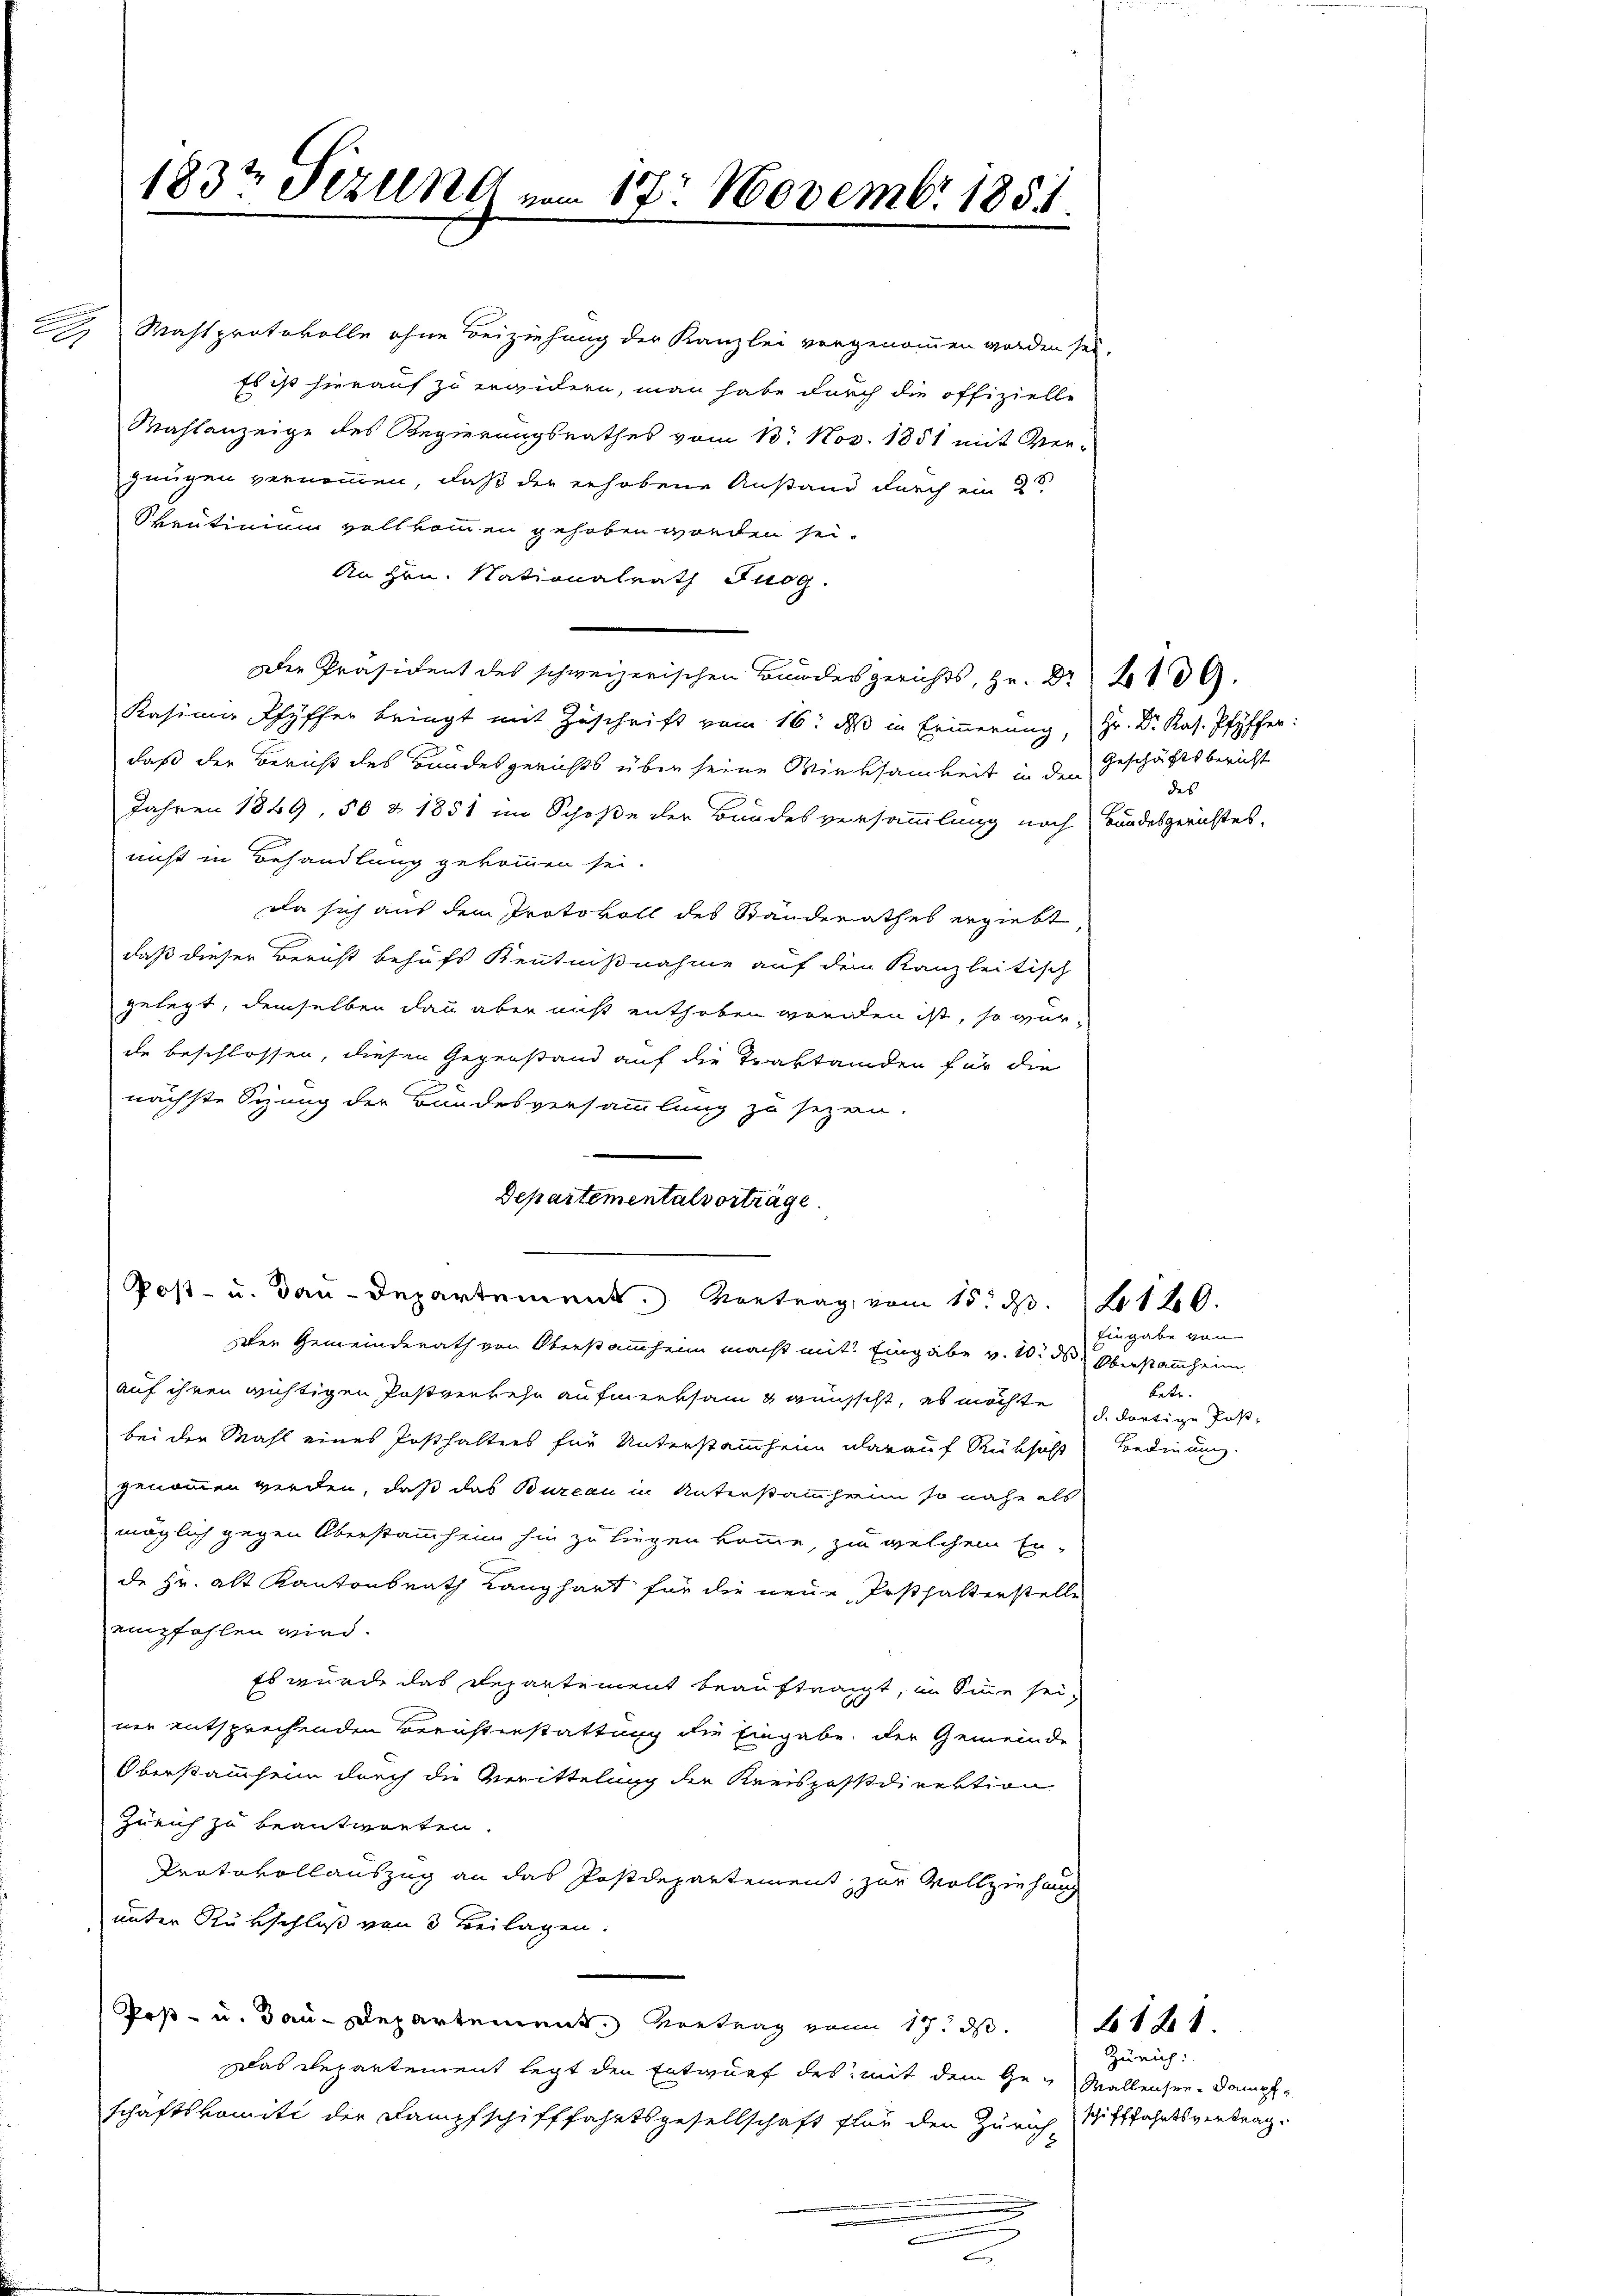
a

183t Fezung vom 17. Novembr. 1851.

Departementalvorträge.
Post- u. dan-Departement. Vortrag vom 15. d. 160.

.

Wahlprotokolle ohne Beiziehung der Kanzlei vorgenommen worden sei,
Es ist hierauf zu erwidern, man habe durch die offizielle
Mahlanzeige des Regierungsrathes vom 1. Nov. 1851 mit Ver-
zeügen vernommen, daß der erhobene Anstand durch ein 2
Skrutinium vollkommen gehoben worden sei.
An Hrn. Nationalrath Juog.
Die Präsident des schweizerischen Bundesgerichts, Hr. Dr 1130.
Kasina Pfyffer bringt mit Zuschrift vom 16. ds in Erinnerung, Hr. Dr. Kas. Pfyffer:
daß der Bericht des Bandesgerichts über seine Wirksamkeit in den Geschäftsbericht
Jahren 1849, 50 & 1851 im Schoße der Bundesversammlung noch Bundesgerichtes.
nicht in Behandlung gekommen sei.
Da sich aus dem Protokoll des Standerathes ergiebt,
daß dieser Bericht behufs Kenntnißnahme auf dem Kanzleitisch
gelegt, demselben dann aber muß enthoben worden ist, so wurde beschlossen, diesen Gegenstand auf die Traktanden für die
nächste Sizung der Bundesversammlung zu sezen.
Der Gemeinderath von Oberstammheim macht mit Eingabe v. 10. ds. Oberstammheim
auf ihren wichtigen Postverkehr aufmerksam & wünscht, es möchte d. dortige Faste
bei der Mahl eines Josthalters für Unterstammheim darauf Rüksicht Bedingung.
genommen werden, daß das Bureau in Unterstammheim so nahe als
möglich gegen Überstammheim hin zu liegen komme, zu welchem Er-
de Hr. alt Kantonsrath Langhart für die neue Posthalterstelle
empfohlen wird.
Es wurde das Departement beauftragt, im Sinne sei-
ner entsprechenden Berichterstattung die Eingabe der Gemeinde
Oberstammheim durch die Merittelung der Kreispostdirektion
Zürich zu beantworten.
Pratovollauszug an das Postdepartement zur Vollziehung
unter Rückschluß von 3 Beilagen.
Poß- u. Bau-Departement. Vortrag von 17. d. 141.
Das Departement legt den Entwurf des, mit dem Ge¬ Wallenser-Dampfschaftskomiti der Dampfschifffahrtsgesellschaft Plan den Zürich, Vfffahrtsvertrag.
.

des

Eingabe von
tete.

Zürich: